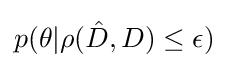
p(\theta |\rho ({\hat {D}},D)\leq \epsilon )